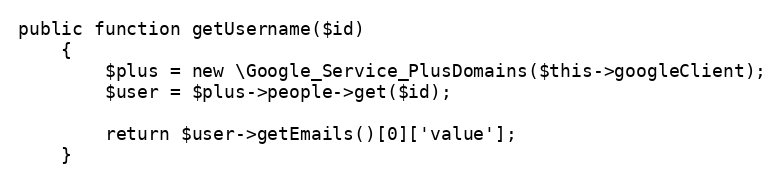
Language: PHP
public function getUsername($id)
    {
        $plus = new \Google_Service_PlusDomains($this->googleClient);
        $user = $plus->people->get($id);

        return $user->getEmails()[0]['value'];
    }